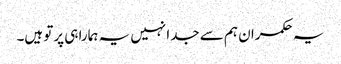
یہ حکمران ہم سے جدا نہیں یہ ہمارا ہی پرتو ہیں۔